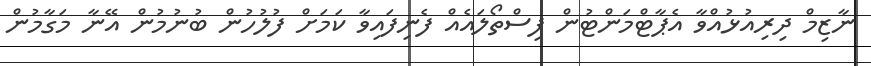
ނާޒިމް ދިރިއުޅުއްވާ އެޕާޓްމަންޓުން ފިސްތޯލައެއް ފެނިފައިވާ ކަމަށް ފުލުހުން ބުނުމުން އޭނާ މަގާމުން